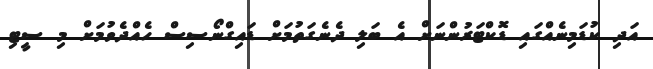
އަދި ކުޑަމިނެއްގައި ޑޮކްޓަރުންނަށް އެ ބަލި ދެނެގަތުމަށް ޑައިގްނޯސިސް ހެއްދެވުމަށް މި ސީޓި